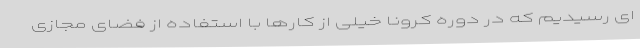
ای رسیدیم که در دوره کرونا خیلی از کارها با استفاده از فضای مجازی